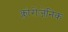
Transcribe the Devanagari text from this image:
क्लोरोजेनिक